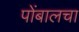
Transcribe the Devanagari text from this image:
पोंबालचा